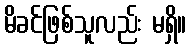
မိခင်ဖြစ်သူလည်း မရှိ။